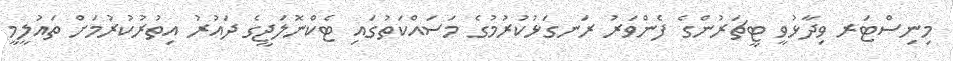
މިނިސްޓަރ ވިދާޅުވީ ޓީޗަރުންގެ ފެންވަރު ރަނގަޅުކުރުމުގެ މަސައްކަތުގައި ޓެކްނޮލަޖީގެ ދައުރު އިތުރުކުރުމަށް ތައުލީމީ